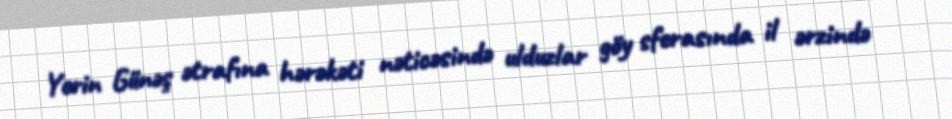
Yerin Günəş ətrafına hərəkəti nəticəsində ulduzlar göy sferasında il ərzində